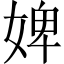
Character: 婢